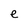
Character: e